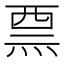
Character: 𱫔